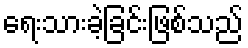
ရေးသားခဲ့ခြင်းဖြစ်သည်